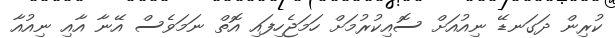
ކުރިން ދަގަނޑޭ ނިއުއަށް ސޮއިކުރުމަށް ހަމަޖެހިފައި އޮތް ނަމަވެސް އޭނާ އާއި ނިއުއާ